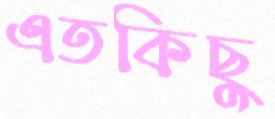
এতকিছু